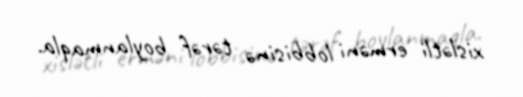
xislətli erməni lobbisinə tərəf boylanmaqla.